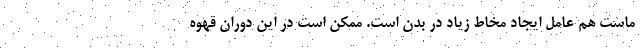
ماست هم عامل ایجاد مخاط زیاد در بدن است. ممکن است در این دوران قهوه